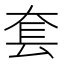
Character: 套